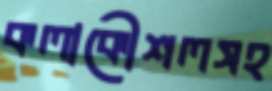
কলাকৌশলসহ